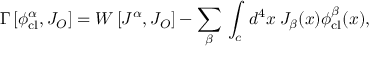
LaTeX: \Gamma \left[ \phi _ { \mathrm { c l } } ^ { \alpha } , J _ { O } \right] = W \left[ J ^ { \alpha } , J _ { O } \right] - \sum _ { \beta } \: \int _ { c } \: d ^ { 4 } x \: J _ { \beta } ( x ) \phi _ { \mathrm { c l } } ^ { \beta } ( x ) ,